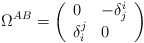
\begin{align*}\Omega ^{AB}=\left(\begin{array}{ll}0 & -\delta _{j}^{i} \\\delta _{i}^{j} & 0\end{array}\right)\end{align*}